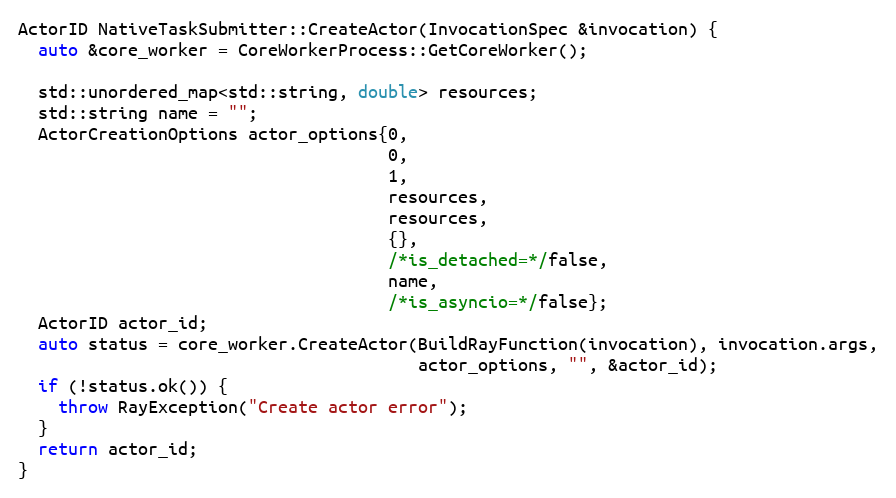
Language: C++
ActorID NativeTaskSubmitter::CreateActor(InvocationSpec &invocation) {
  auto &core_worker = CoreWorkerProcess::GetCoreWorker();

  std::unordered_map<std::string, double> resources;
  std::string name = "";
  ActorCreationOptions actor_options{0,
                                     0,
                                     1,
                                     resources,
                                     resources,
                                     {},
                                     /*is_detached=*/false,
                                     name,
                                     /*is_asyncio=*/false};
  ActorID actor_id;
  auto status = core_worker.CreateActor(BuildRayFunction(invocation), invocation.args,
                                        actor_options, "", &actor_id);
  if (!status.ok()) {
    throw RayException("Create actor error");
  }
  return actor_id;
}